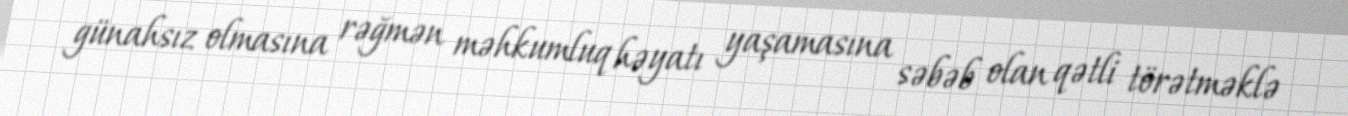
günahsız olmasına rəğmən məhkumluq həyatı yaşamasına səbəb olan qətli törətməklə